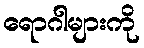
ရောဂါများကို